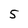
Character: 5